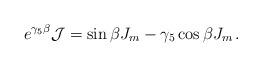
LaTeX: \begin{align*}e^{\gamma_5 \beta} {\cal J} =\sin \beta J_m - \gamma_5 \cos \beta J_m\, .\end{align*}